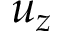
u _ { z }